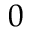
0